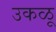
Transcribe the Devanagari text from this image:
उकळू